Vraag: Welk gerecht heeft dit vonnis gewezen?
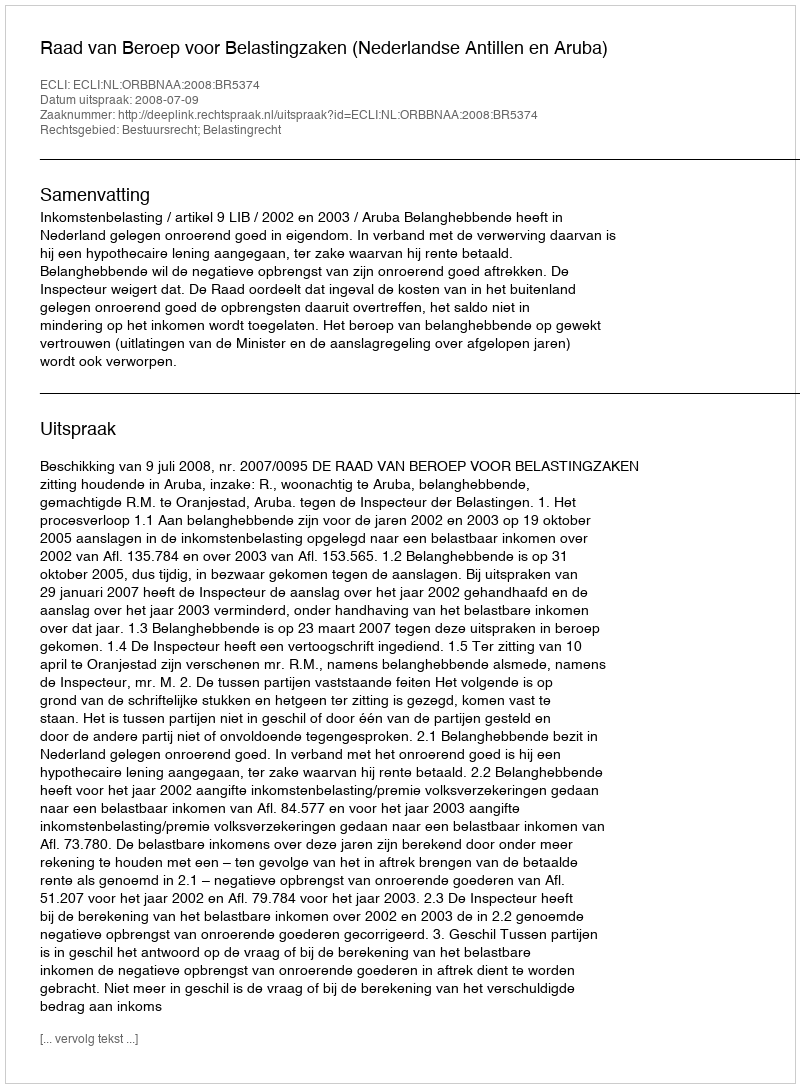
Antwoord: Raad van Beroep voor Belastingzaken (Nederlandse Antillen en Aruba)